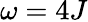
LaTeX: \omega=4J